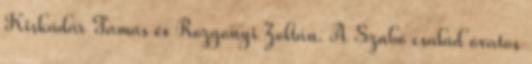
Kiskádár Tamás és Rozgonyi Zoltán. A Szabó család óvatos